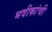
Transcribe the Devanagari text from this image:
भवीकांची